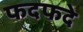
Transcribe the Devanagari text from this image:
फदफदे